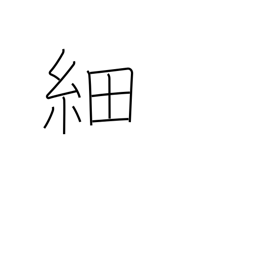
Meaning: slender